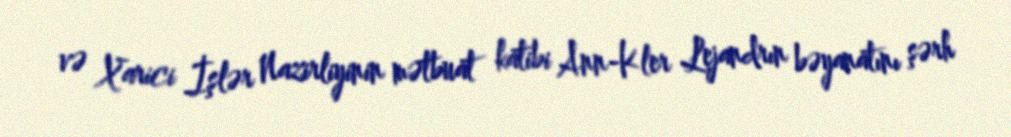
və Xarici İşlər Nazirliyinin mətbuat katibi Ann-Kler Lejandrın bəyanatını şərh